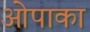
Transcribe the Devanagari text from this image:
ओपाका